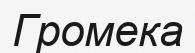
Громека